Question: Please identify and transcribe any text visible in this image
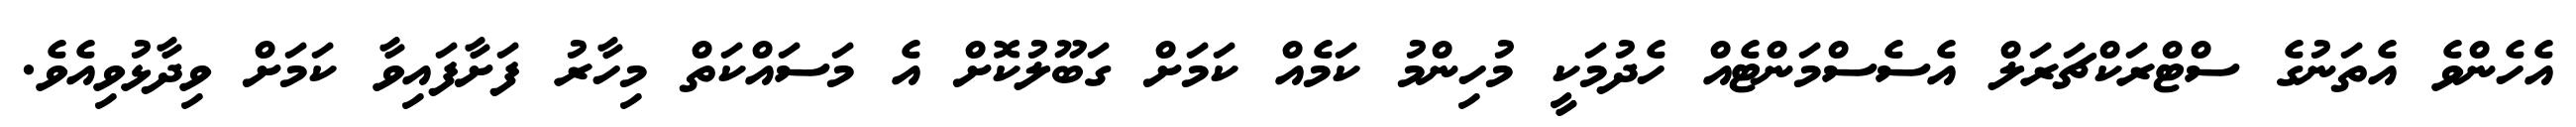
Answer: އެހެންވެ އެތަނުގެ ސްޓްރަކްޗަރަލް އެސެސްމަންޓެއް ހެދުމަކީ މުހިންމު ކަމެއް ކަމަށް ގަބޫލުކޮށް އެ މަސައްކަތް މިހާރު ފަށާފައިވާ ކަމަށް ވިދާޅުވިއެވެ.